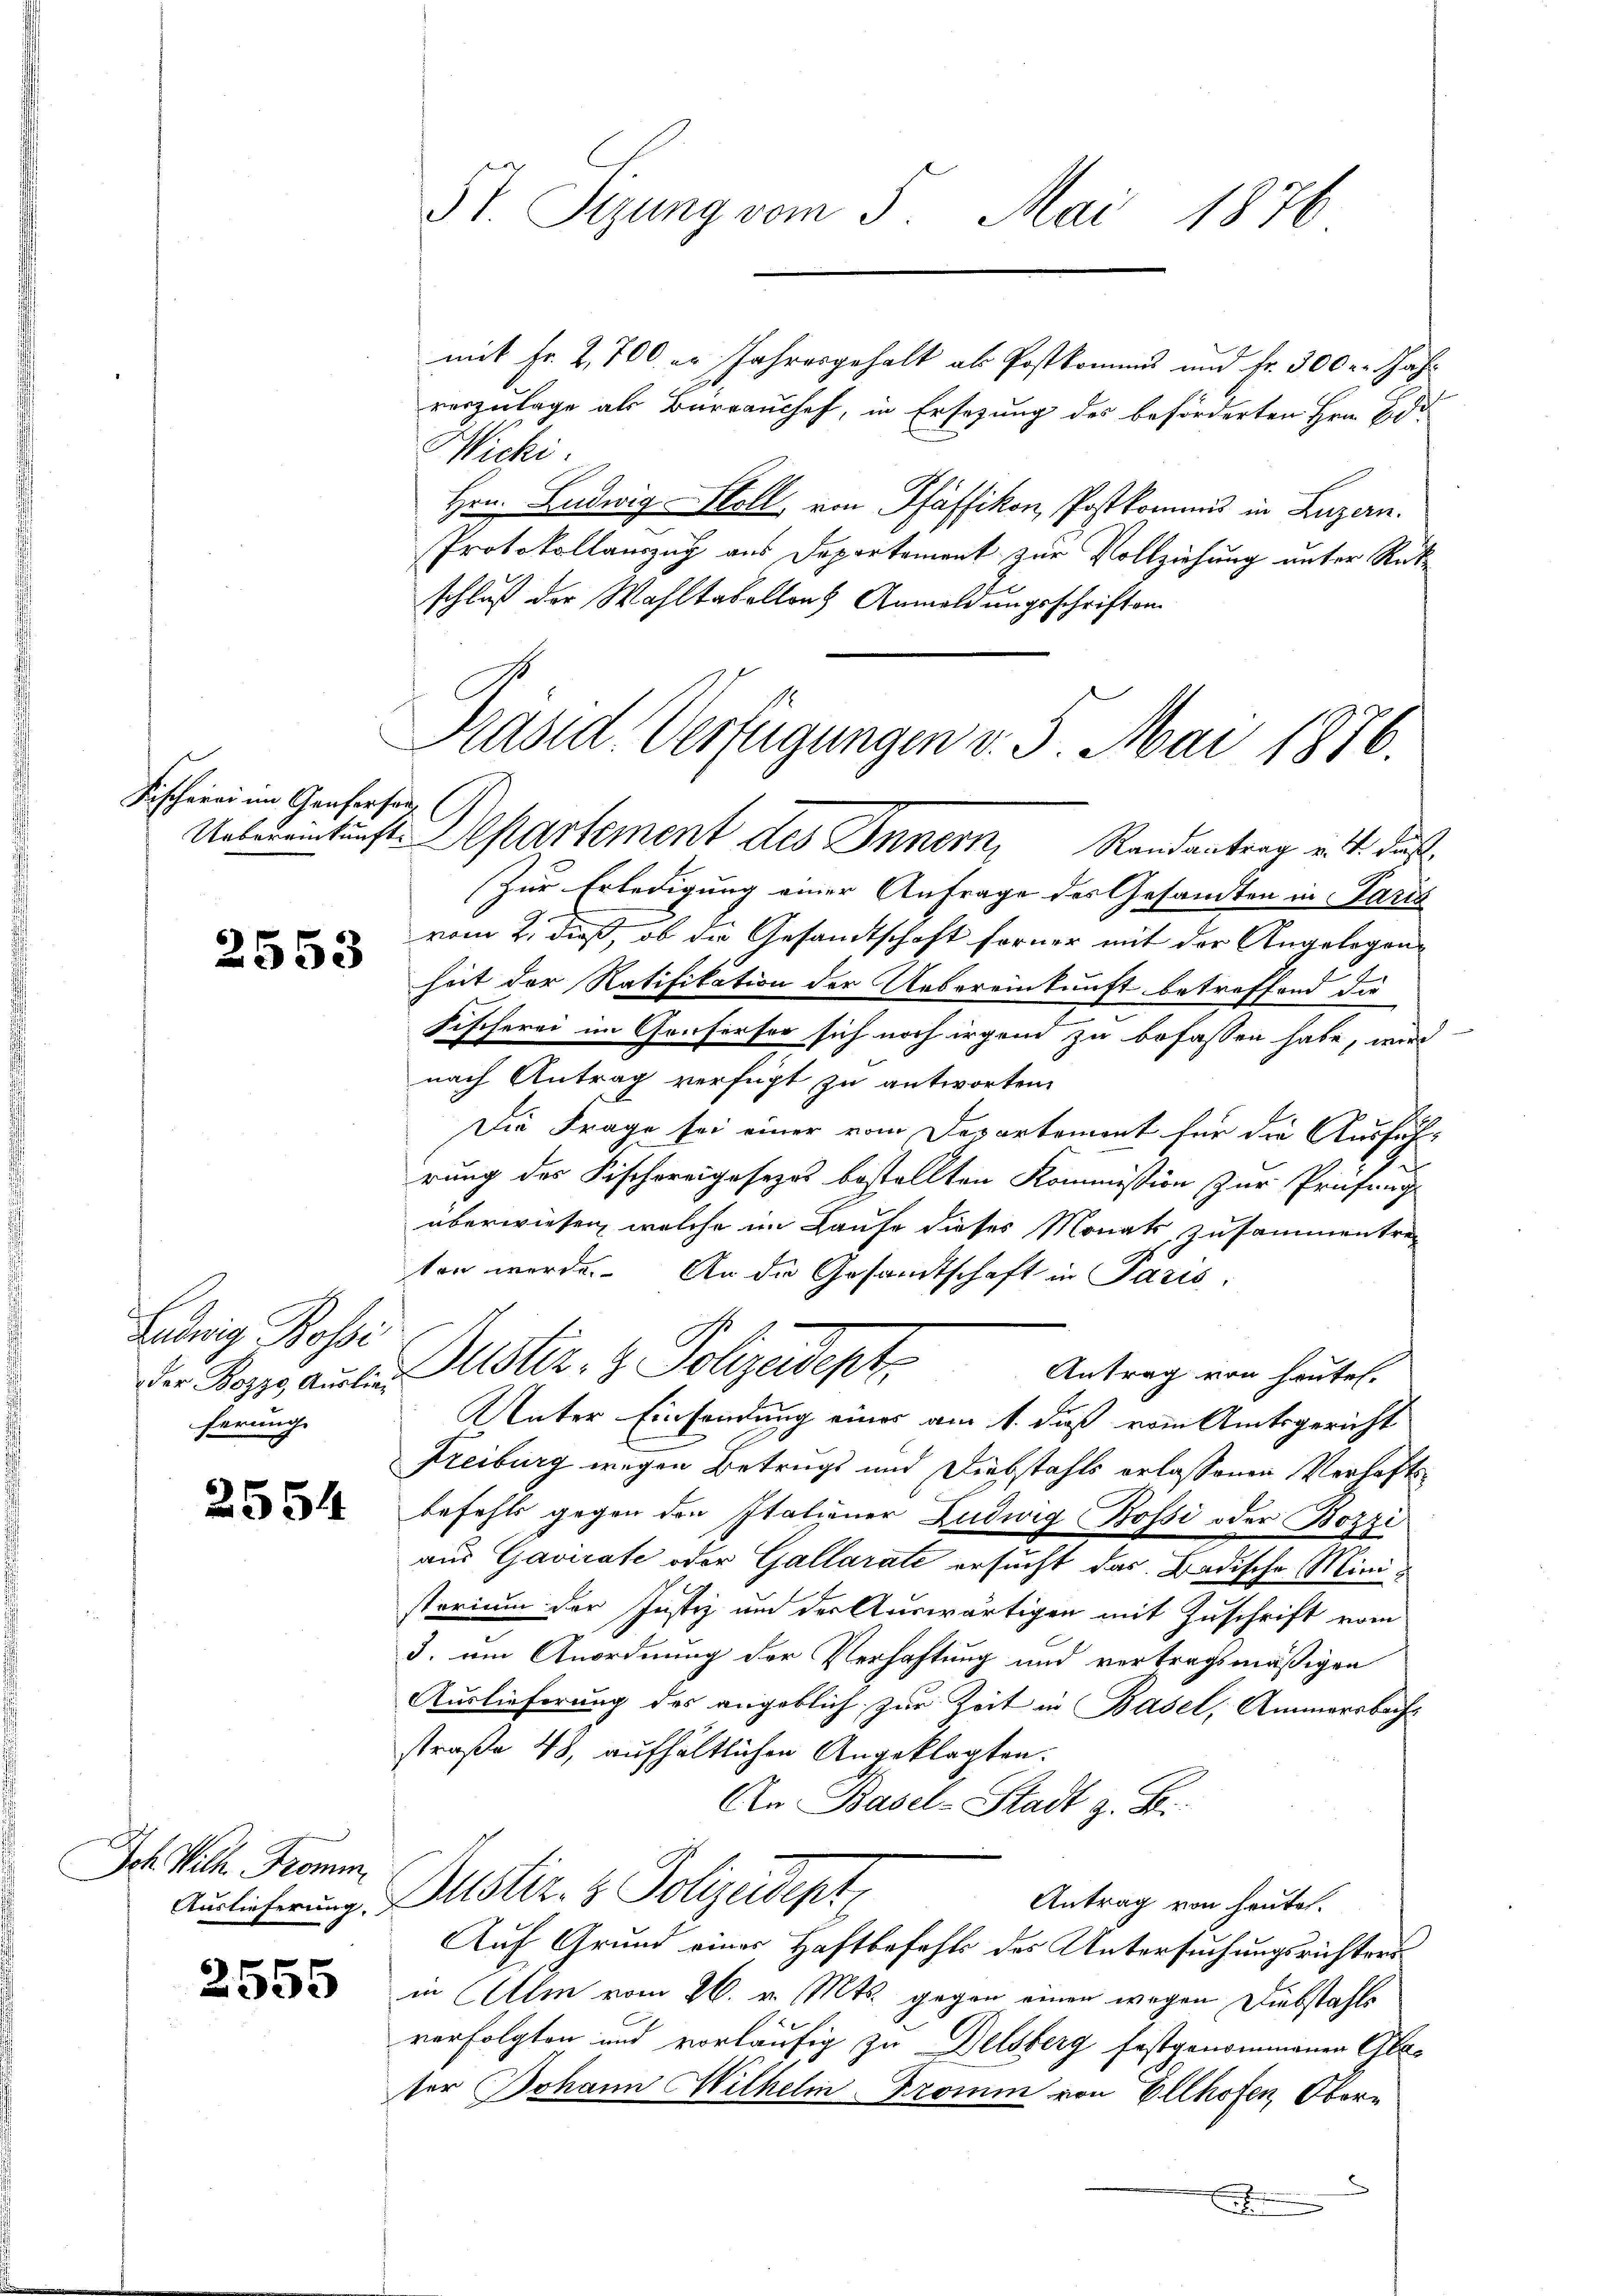
Fischerei im Genfersan

2553

Ludwig Rosse
ferung

2554

Jch Wilh. Fromm

2555

St. Sizung vom 5. Mai 1876

mit Fr. 2,700 er Jahresgehalt als Postkommnis und Fr. 300 r. Jahr
vorzulage als Barrauchef, in Ersezung des beförderten Hrn. Eid¬
Wicki.
Hrn. Ludwig-Holl, von Pfäffikon, Postkommis in Luzern.
Protokollauszug aus Departement zur Vollziehung unter Rückschluß der Wahltabellons Anmeldungsschriften.

Präsid. Verfügungen v. 5. Mai 1876.
Uebereinkunft Departement des Innern, Randantrag v. 4. das

Der Kappe anden Justiz- & Polizeident

Zur Erledigung einer Anfrage des Gesandten in Paris
vom 2. dieß, ob die Gesandtschaft forner mit der Angelegenheit der Ratifikation der Uebereinkunft betreffend die
Fischerei im Genferser sich noch irgend zu befassen habe, wird
nach Antrag verfügt zu antworten.
Die Frage sei einer vom Departement für die Ausführung des Fischereigesezes bestellten Kommission zur Prüfung
überwiesen, welche im Laufe dieses Monats zusammentreton werde. An die Gesandtschaft in Paris.
C
Antrag von heute.
Unter Einsendung eines am 1. daß vom Amtsgericht
Freiburg wegen Betrugs und Diebstahls erlassenen Verhaftsbefehls gegen den Italiener Ludwig Bossi oder Bozzi
aus Gavirate oder Gallarate ersucht das Badische Ministorium der Justiz um der Auswärtigen mit Zuschrift vom
3. um Anordnung der Verhaftung und vertragsmäßigen
Auslieferung des angeblich zur Zeit in Basel, Ammersbachstraße 48, aufhältlichen Angeklagten.
An Basel-Stadt z. B.
Auslicherung, Mustiz- & Polizeidept
Antrag von heute.
Auf Grund einer Haftbefehls des Untersuchungsrichtersin Alm vom 26. v. Mts. gegen einen wegen Diebstahls
verfolgten und vorläufig zu Delsberg festgenommenen Glaser Johann Wilhelm Fromin von Ellhofen, Ober¬